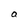
Character: a